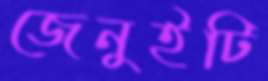
জেনুইটি